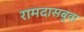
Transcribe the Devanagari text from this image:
रामदासबुवा